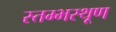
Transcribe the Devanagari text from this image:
स्तम्भस्थूण